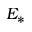
E _ { * }